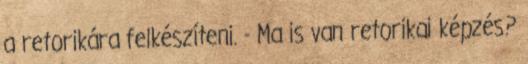
a retorikára felkészíteni. - Ma is van retorikai képzés?